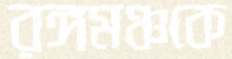
রঙ্গমঞ্চকে